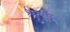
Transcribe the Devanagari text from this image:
श्रुतर्षि